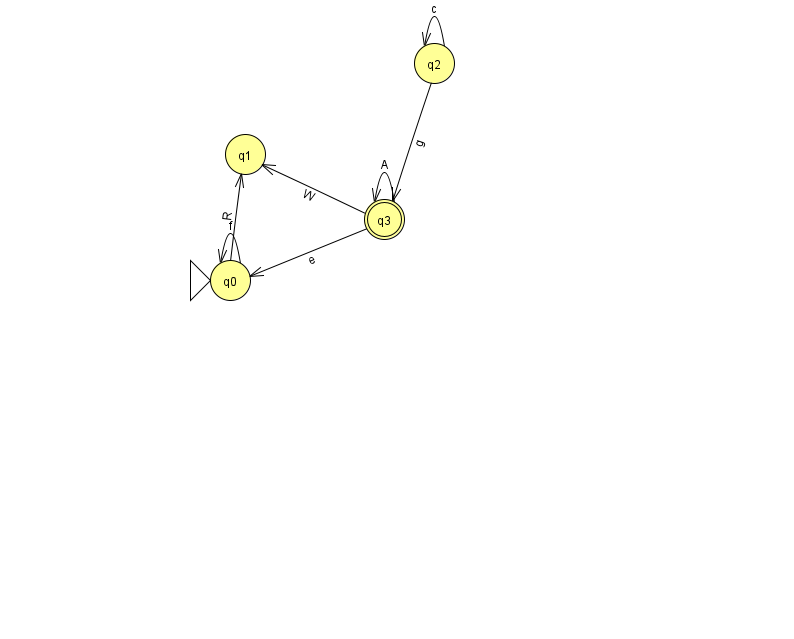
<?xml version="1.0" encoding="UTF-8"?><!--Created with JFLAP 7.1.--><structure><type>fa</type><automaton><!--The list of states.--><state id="0" name="q0"><x>230.0</x><y>267.0</y><initial/></state><state id="1" name="q1"><x>245.0</x><y>141.0</y></state><state id="2" name="q2"><x>434.0</x><y>50.0</y></state><state id="3" name="q3"><x>384.0</x><y>206.0</y><final/></state><!--The list of transitions.--><transition><from>3</from><to>3</to><read>A</read></transition><transition><from>2</from><to>2</to><read>c</read></transition><transition><from>0</from><to>1</to><read>R</read></transition><transition><from>0</from><to>0</to><read>f</read></transition><transition><from>2</from><to>3</to><read>g</read></transition><transition><from>3</from><to>0</to><read>e</read></transition><transition><from>3</from><to>1</to><read>W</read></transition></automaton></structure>